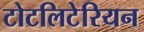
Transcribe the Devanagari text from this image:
टोटलिटेरियन